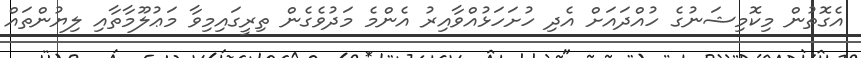
އެގޮތުން މިކޮމިޝަނުގެ ހުއްދައަށް އެދި ހުށަހަޅުއްވާއިރު އެންމެ މަދުވެގެން ތިރީގައިމިވާ މަޢުލޫމާތާއި ލިޔުންތައް